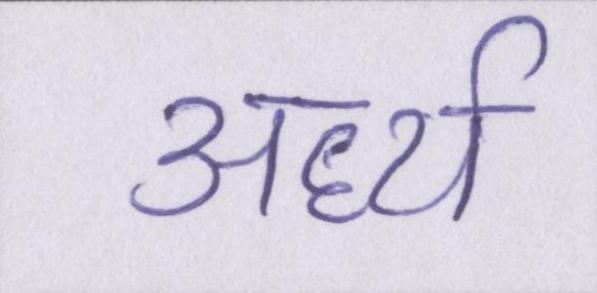
अर्ध्य